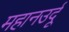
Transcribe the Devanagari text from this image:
महानउर्दू